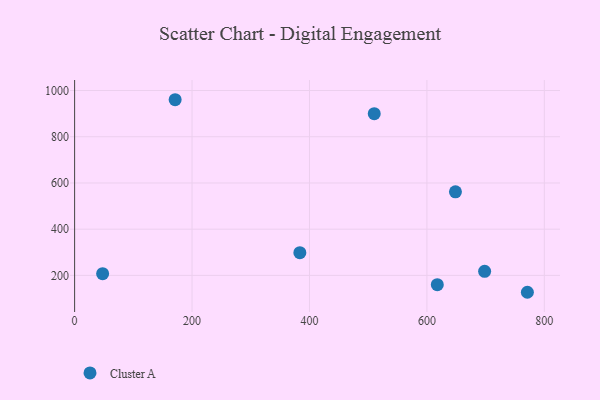
{"axis": {"x": "Experience", "y": "Fuel Efficiency"}, "legend": ["Cluster A"], "data": [{"x": "771.1", "y": 126.9, "type": "Cluster A"}, {"x": "510.3", "y": 899.7, "type": "Cluster A"}, {"x": "648.6", "y": 561.5, "type": "Cluster A"}, {"x": "47.7", "y": 207.3, "type": "Cluster A"}, {"x": "617.7", "y": 159.7, "type": "Cluster A"}, {"x": "171.2", "y": 960.2, "type": "Cluster A"}, {"x": "698.3", "y": 217.7, "type": "Cluster A"}, {"x": "383.6", "y": 298.2, "type": "Cluster A"}]}